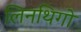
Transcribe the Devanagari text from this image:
लिनथिगो